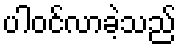
ပါဝင်လာခဲ့သည်